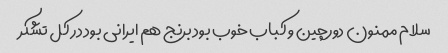
سلام ممنون دورچین و کباب خوب بود برنج هم ایرانی بود در کل تشکر